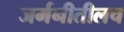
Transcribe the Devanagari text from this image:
जर्मनीतीलच